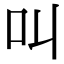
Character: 叫